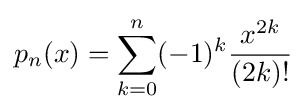
p_{n}(x)=\sum _{k=0}^{n}(-1)^{k}{\frac {x^{2k}}{(2k)!}}